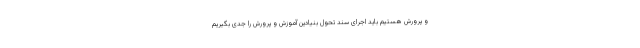
و پرورش هستیم باید اجرای سند تحول بنیادین آموزش و پرورش را جدی بگیریم